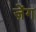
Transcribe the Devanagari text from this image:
ज़ेंग